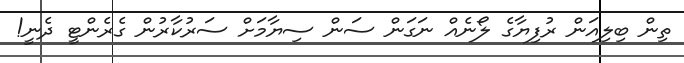
ތިން ބިލިއަން ރުފިޔާގެ ލޯނެއް ނަގަން ސަން ސިޔާމަށް ސަރުކާރުން ގެރެންޓީ ދެނީ!